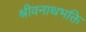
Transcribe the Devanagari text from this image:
श्रीवनाथभक्ति